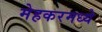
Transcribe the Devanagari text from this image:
मेहकरमध्ये